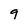
Character: 9